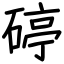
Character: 碠